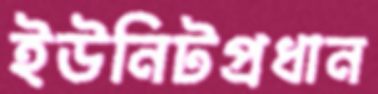
ইউনিটপ্রধান